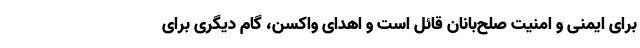
برای ایمنی و امنیت صلح‌بانان قائل است و اهدای واکسن، گام دیگری برای